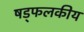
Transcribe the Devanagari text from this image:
षड्फलकीय